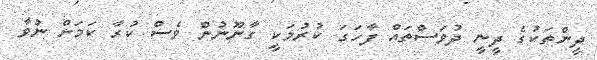
ދީންތަކުގެ ދީނީ ދުވަސްތައް ފާހަގަ ކުރުމަކީ ގާނޫނުން ވެސް ކުރާ ކަމަށް ނުވާ